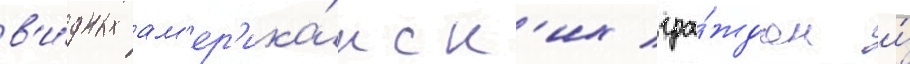
в'и́дных ам'ер'ика́нск'их гра́ждан и́